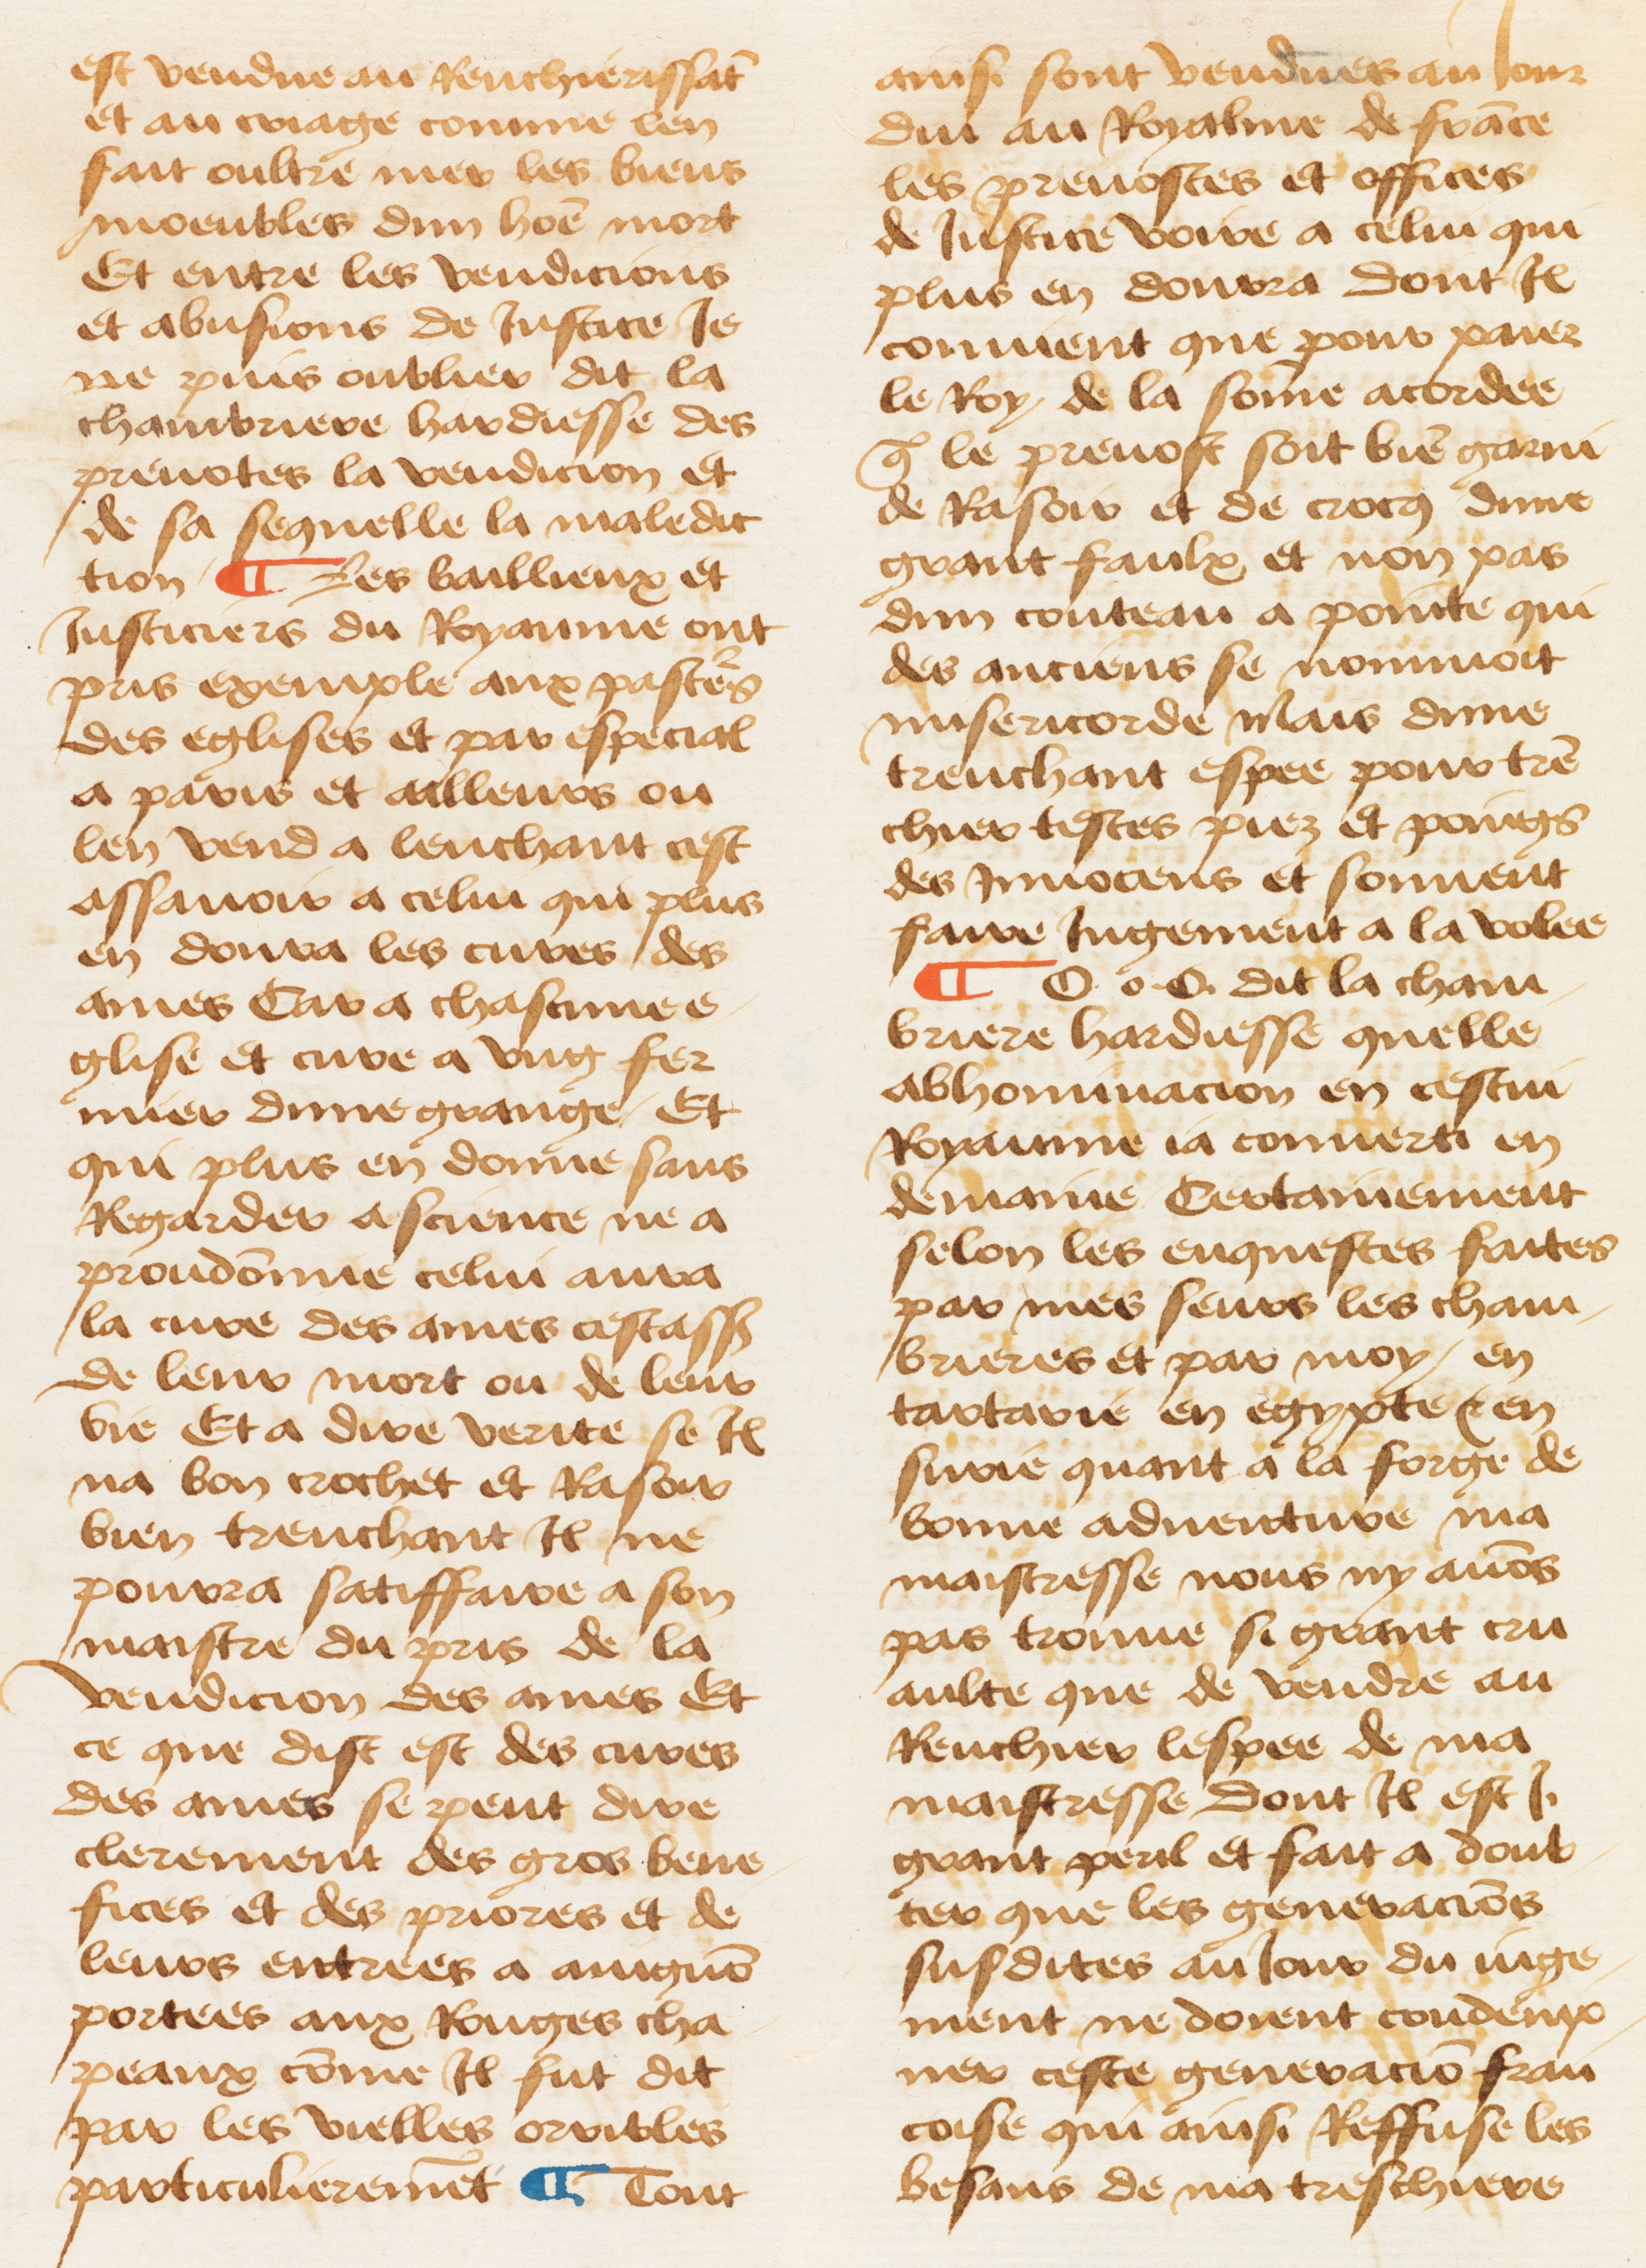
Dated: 1460–1470